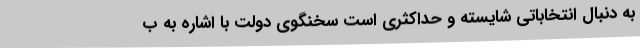
به دنبال انتخاباتی شایسته و حداکثری است سخنگوی دولت با اشاره به ب